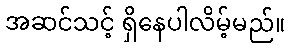
အဆင်သင့် ရှိနေပါလိမ့်မည်။